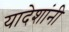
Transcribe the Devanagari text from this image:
यादेशांनी